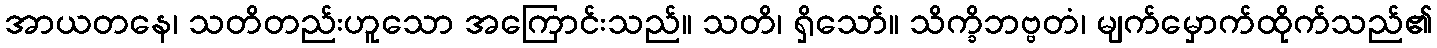
အာယတနေ၊ သတိတည်းဟူသော အကြောင်းသည်။ သတိ၊ ရှိသော်။ သိက္ခိဘဗ္ဗတံ၊ မျက်မှောက်ထိုက်သည်၏